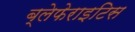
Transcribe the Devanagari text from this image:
ब्लेफेराइटिस